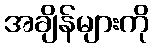
အချိန်များကို